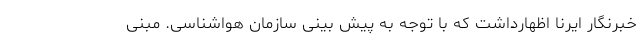
خبرنگار ایرنا اظهارداشت که با توجه به پیش بینی سازمان هواشناسی. مبنی